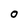
Character: 0